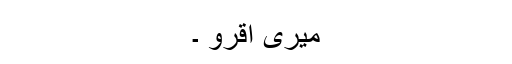
میری اقرو ۔